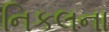
નિકલના